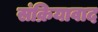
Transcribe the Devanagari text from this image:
संक्रियावाद